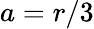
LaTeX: a=r/3